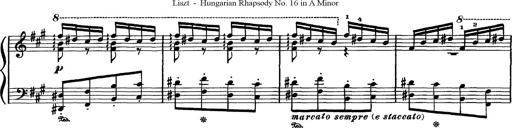
Title: Hungarian Rhapsody No.16
Composer: Franz Liszt
Key: A minor